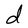
Character: d